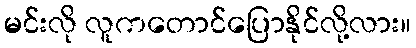
မင်းလို လူကတောင်ပြောနိုင်လို့လား။